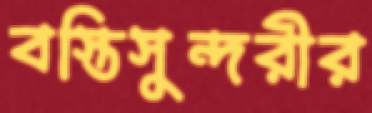
বস্তিসুন্দরীর